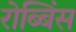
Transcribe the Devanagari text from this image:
रोब्बिंस